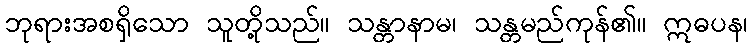
ဘုရားအစရှိသော သူတို့သည်။ သန္တာနာမ၊ သန္တမည်ကုန်၏။ ဣဓပန၊